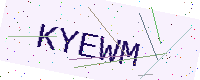
Text: KYEWM